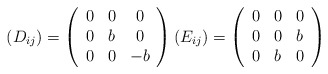
\begin{align*} \left( D_{ij} \right)= \left( \begin{array}{ccc}0 & 0 & 0 \\0 & b & 0 \\0 & 0 & -b \end{array} \right) \left( E_{ij} \right)= \left( \begin{array}{ccc}0 & 0 & 0 \\0 & 0 & b \\0 & b & 0 \end{array} \right) \end{align*}